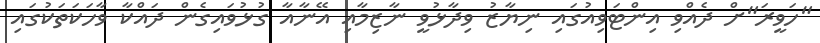
"ހަވީރަ"ށް ދެއްވި އިންޓަވިއުގައި ނިޔާޒު ވިދާޅުވީ ނާޒިމާއި އޭނާއާ ގުޅުވައިގެން ދައްކާ ވާހަކަތަކުގައި